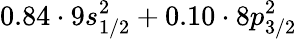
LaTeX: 0.84\cdot 9s_{1/2}^{2}+0.10\cdot 8p_{3/2}^{2}